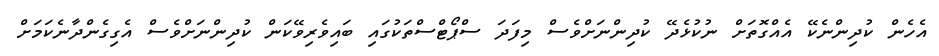
އެހެން ކުދިންނެކޭ އެއްގޮތަށް ނުކުޅެދޭ ކުދިންނަށްވެސް މިފަދަ ސްޕޯޓްސްތަކުގައި ބައިވެރިވޭކަން ކުދިންނަށްވެސް އެގިގެންދާނެކަމަށް